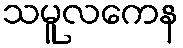
သမူလကေန